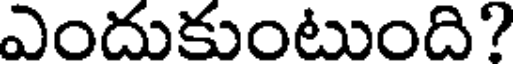
ఎందుకుంటుంది?